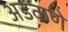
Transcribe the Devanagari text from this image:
अडकणे